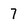
Character: 7